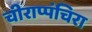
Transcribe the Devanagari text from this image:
चीराप्पंचिरा